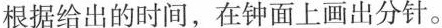
根据给出的时间，在钟面上画出分针。